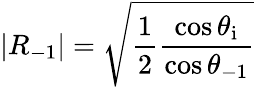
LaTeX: |R_{-1}|=\sqrt{\frac{1}{2}\frac{\cos{\theta_{\mathrm{i}}}}{\cos{\theta_{\mathrm{-1}}}}}